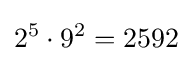
2^{5}\cdot 9^{2}=2592